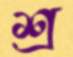
শ্র